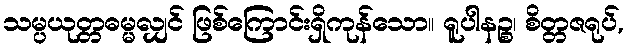
သမ္ပယုတ္တဓမ္မလျှင် ဖြစ်ကြောင်းရှိကုန်သော။ ရူပါနဉ္စ၊ စိတ္တဇရုပ်,